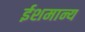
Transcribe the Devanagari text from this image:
ईशमान्य